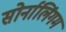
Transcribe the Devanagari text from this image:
सोर्नालिंगम